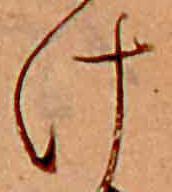
け